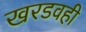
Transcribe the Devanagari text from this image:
खरडवही